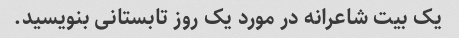
یک بیت شاعرانه در مورد یک روز تابستانی بنویسید.